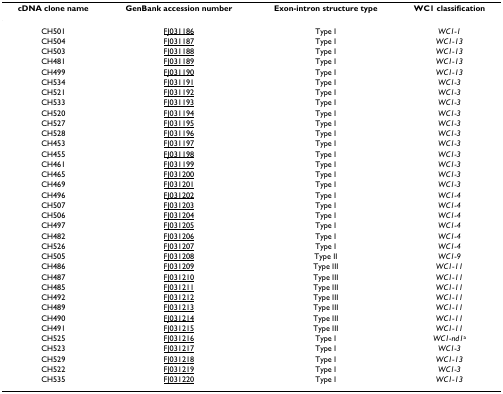
<table><thead><tr><td><b>cDNA clone name</b></td><td><b>GenBank accession number</b></td><td><b>Exon-intron structure type</b></td><td><b>WC1 classification</b></td></tr></thead><tbody><tr><td>CH501</td><td>FJ031186</td><td>Type I</td><td><i>WC1-1</i></td></tr><tr><td>CH504</td><td>FJ031187</td><td>Type I</td><td><i>WC1-13</i></td></tr><tr><td>CH503</td><td>FJ031188</td><td>Type I</td><td><i>WC1-13</i></td></tr><tr><td>CH481</td><td>FJ031189</td><td>Type I</td><td><i>WC1-13</i></td></tr><tr><td>CH499</td><td>FJ031190</td><td>Type I</td><td><i>WC1-13</i></td></tr><tr><td>CH534</td><td>FJ031191</td><td>Type I</td><td><i>WC1-3</i></td></tr><tr><td>CH521</td><td>FJ031192</td><td>Type I</td><td><i>WC1-3</i></td></tr><tr><td>CH533</td><td>FJ031193</td><td>Type I</td><td><i>WC1-3</i></td></tr><tr><td>CH520</td><td>FJ031194</td><td>Type I</td><td><i>WC1-3</i></td></tr><tr><td>CH527</td><td>FJ031195</td><td>Type I</td><td><i>WC1-3</i></td></tr><tr><td>CH528</td><td>FJ031196</td><td>Type I</td><td><i>WC1-3</i></td></tr><tr><td>CH453</td><td>FJ031197</td><td>Type I</td><td><i>WC1-3</i></td></tr><tr><td>CH455</td><td>FJ031198</td><td>Type I</td><td><i>WC1-3</i></td></tr><tr><td>CH461</td><td>FJ031199</td><td>Type I</td><td><i>WC1-3</i></td></tr><tr><td>CH465</td><td>FJ031200</td><td>Type I</td><td><i>WC1-3</i></td></tr><tr><td>CH469</td><td>FJ031201</td><td>Type I</td><td><i>WC1-3</i></td></tr><tr><td>CH496</td><td>FJ031202</td><td>Type I</td><td><i>WC1-4</i></td></tr><tr><td>CH507</td><td>FJ031203</td><td>Type I</td><td><i>WC1-4</i></td></tr><tr><td>CH506</td><td>FJ031204</td><td>Type I</td><td><i>WC1-4</i></td></tr><tr><td>CH497</td><td>FJ031205</td><td>Type I</td><td><i>WC1-4</i></td></tr><tr><td>CH482</td><td>FJ031206</td><td>Type I</td><td><i>WC1-4</i></td></tr><tr><td>CH526</td><td>FJ031207</td><td>Type I</td><td><i>WC1-4</i></td></tr><tr><td>CH505</td><td>FJ031208</td><td>Type II</td><td><i>WC1-9</i></td></tr><tr><td>CH486</td><td>FJ031209</td><td>Type III</td><td><i>WC1-11</i></td></tr><tr><td>CH487</td><td>FJ031210</td><td>Type III</td><td><i>WC1-11</i></td></tr><tr><td>CH485</td><td>FJ031211</td><td>Type III</td><td><i>WC1-11</i></td></tr><tr><td>CH492</td><td>FJ031212</td><td>Type III</td><td><i>WC1-11</i></td></tr><tr><td>CH489</td><td>FJ031213</td><td>Type III</td><td><i>WC1-11</i></td></tr><tr><td>CH490</td><td>FJ031214</td><td>Type III</td><td><i>WC1-11</i></td></tr><tr><td>CH491</td><td>FJ031215</td><td>Type III</td><td><i>WC1-11</i></td></tr><tr><td>CH525</td><td>FJ031216</td><td>Type I</td><td><i>WC1-nd1</i><sup>a</sup></td></tr><tr><td>CH523</td><td>FJ031217</td><td>Type I</td><td><i>WC1-3</i></td></tr><tr><td>CH529</td><td>FJ031218</td><td>Type I</td><td><i>WC1-13</i></td></tr><tr><td>CH522</td><td>FJ031219</td><td>Type I</td><td><i>WC1-3</i></td></tr><tr><td>CH535</td><td>FJ031220</td><td>Type I</td><td><i>WC1-13</i></td></tr></tbody></table>